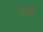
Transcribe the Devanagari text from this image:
हंगरी।